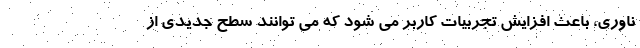
ناوری، باعث افزایش تجربیات کاربر می شود که می توانند سطح جدیدی از